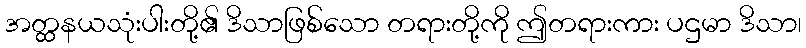
အတ္ထနယသုံးပါးတို့၏ ဒိသာဖြစ်သော တရားတို့ကို ဤတရားကား ပဌမာ ဒိသာ၊